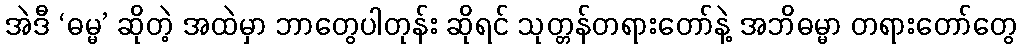
အဲဒီ ‘ဓမ္မ’ ဆိုတဲ့ အထဲမှာ ဘာတွေပါတုန်း ဆိုရင် သုတ္တန်တရားတော်နဲ့ အဘိဓမ္မာ တရားတော်တွေ